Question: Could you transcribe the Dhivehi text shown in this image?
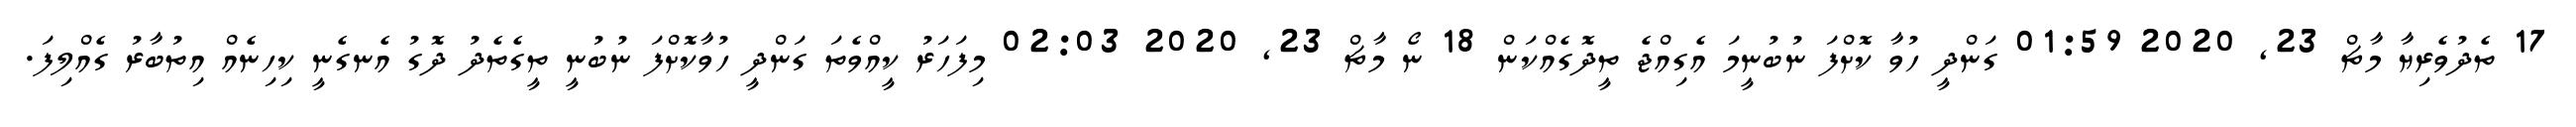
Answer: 17 ތެދުވެރިޔާ މާޗް 23, 2020 01:59 ގަންދީ ހުވާ ކޮށްފަ ނުބުނީމަ އެގިއްޖެ ތީދޮގެއްކަން 18 ނޯ މާޗް 23, 2020 02:03 މިފަހަރު ކީއްވެތަ ގަންދީ ހުވާކޮށްފަ ނުބުނީ ތީގެތެދު ދޮގު އެނގެނީ ކިހިނެއް އިތުބާރު ގެއްލިފަ.